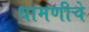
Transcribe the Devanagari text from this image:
धामणीचे